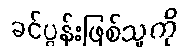
ခင်ပွန်းဖြစ်သူကို